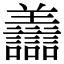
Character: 𧮟